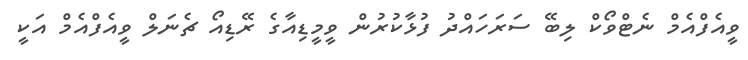
ވީއެފްއެމް ނެޓްވޯކް ލިބޭ ސަރަހައްދު ފުޅާކުރުން ވީމީޑިއާގެ ރޭޑިއޯ ޗެނަލް ވީއެފްއެމް އަކީ